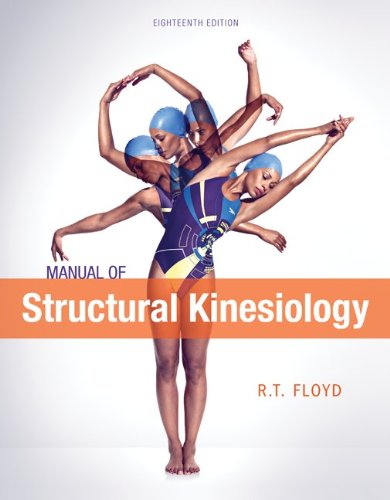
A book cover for Manual of Structural Kinesiology; R .T. Floyd; Medical Books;